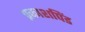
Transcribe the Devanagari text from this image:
प्रकाशपिंड